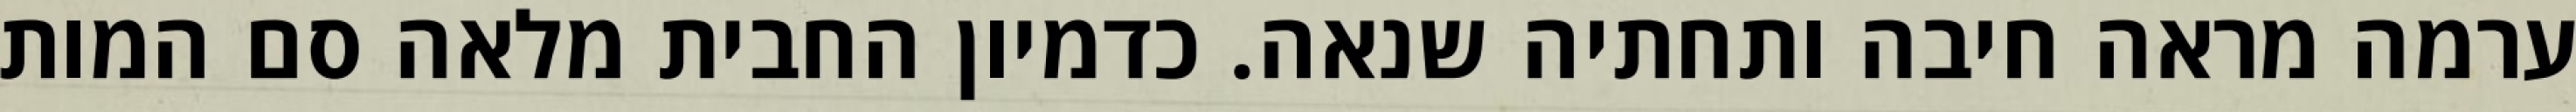
ערמה מראה חיבה ותחתיה שנאה. כדמיון החבית מלאה סם המות